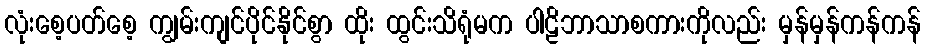
လုံးစေ့ပတ်စေ့ ကျွမ်းကျင်ပိုင်နိုင်စွာ ထိုး ထွင်းသိရုံမက ပါဠိဘာသာစကားကိုလည်း မှန်မှန်ကန်ကန်